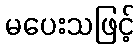
မပေးသဖြင့်